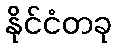
နိုင်ငံတခု